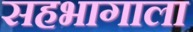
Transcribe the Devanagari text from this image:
सहभागाला